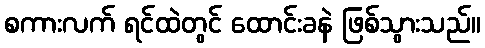
စကားလက် ရင်ထဲတွင် ထောင်းခနဲ ဖြစ်သွားသည်။